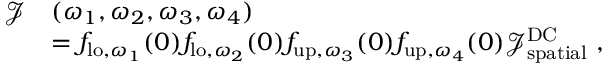
\begin{array} { r l } { \mathcal { J } } & { ( \omega _ { 1 } , \omega _ { 2 } , \omega _ { 3 } , \omega _ { 4 } ) } \\ & { = { f } _ { \mathrm { l o } , \omega _ { 1 } } ( 0 ) { f } _ { \mathrm { l o } , \omega _ { 2 } } ( 0 ) { f } _ { \mathrm { u p } , \omega _ { 3 } } ( 0 ) { f } _ { \mathrm { u p } , \omega _ { 4 } } ( 0 ) \mathcal { J } _ { \mathrm { s p a t i a l } } ^ { \mathrm { D C } } \ , } \end{array}